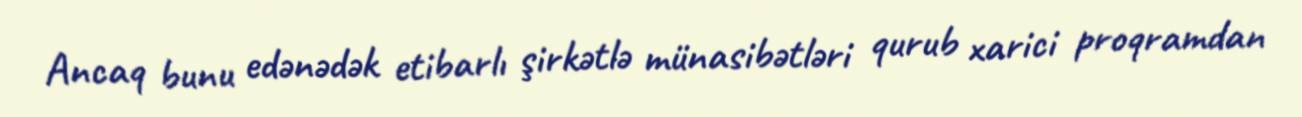
Ancaq bunu edənədək etibarlı şirkətlə münasibətləri qurub xarici proqramdan